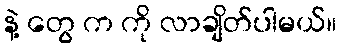
နဲ့ တွေ က ကို လာချိတ်ပါမယ်။